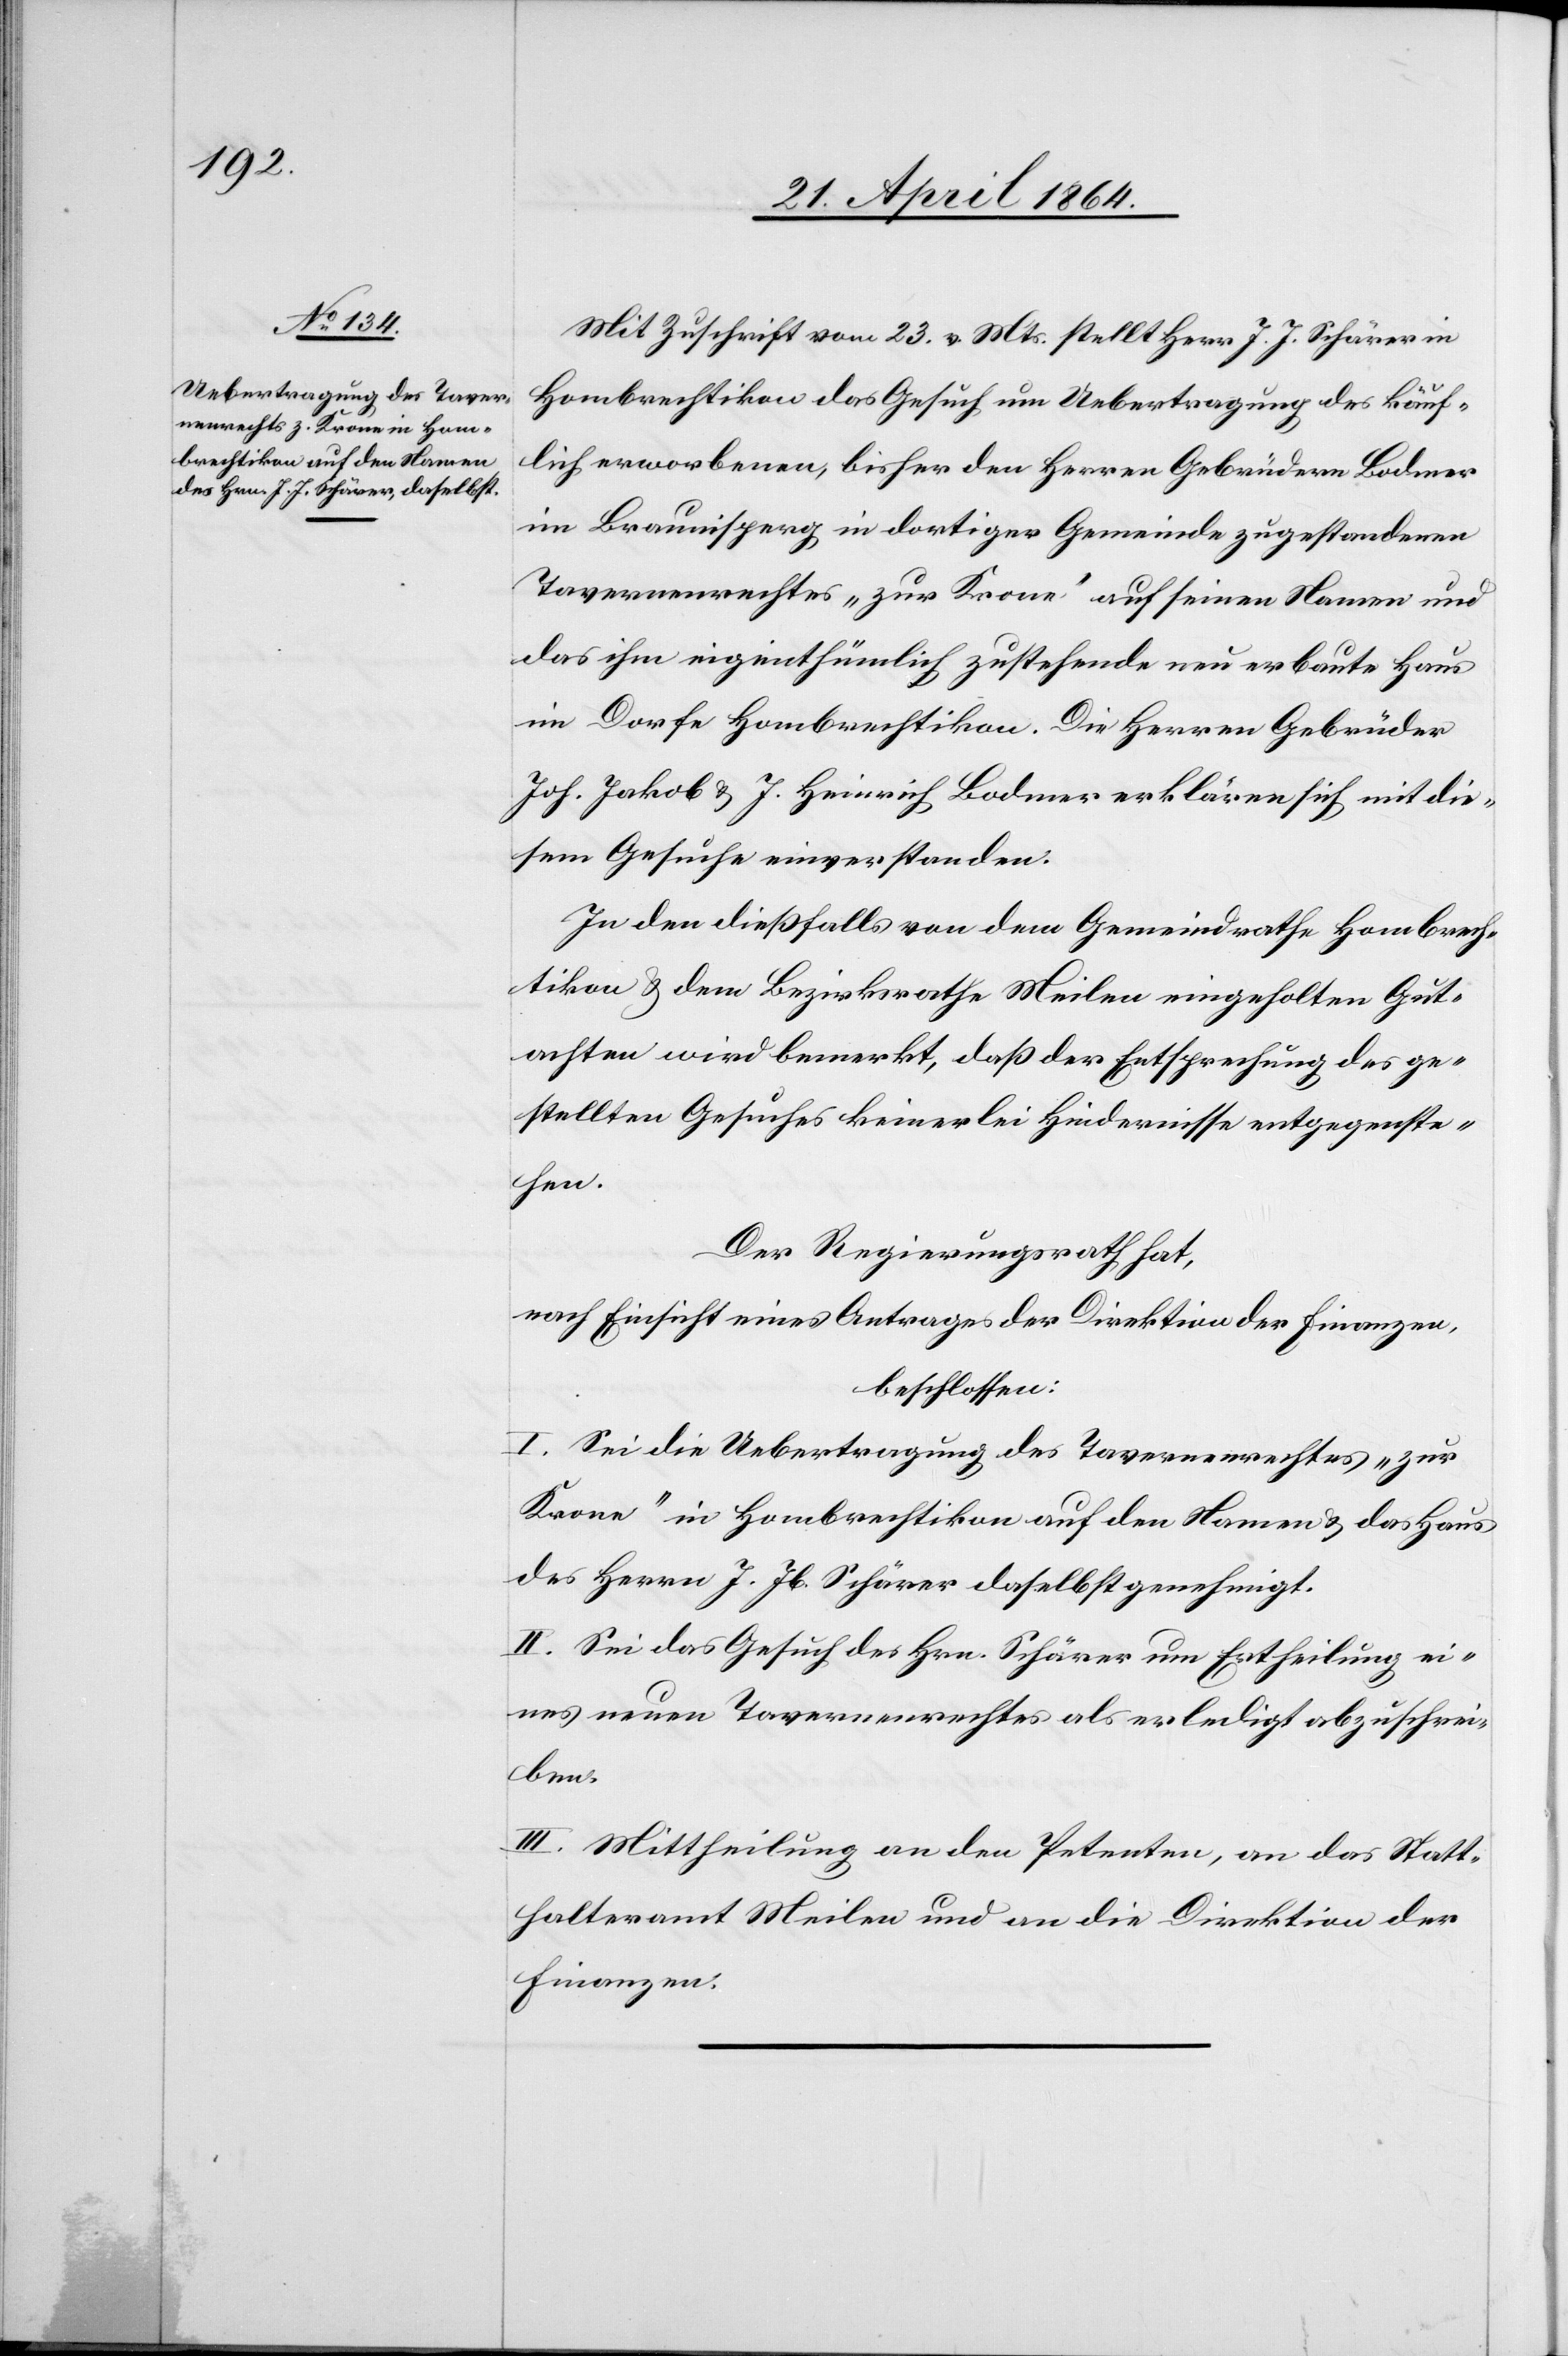
Mit Zuschrift vom 23. v. Mts. stellt Herr J. J. Schärer in
Hombrechtikon das Gesuch um Uebertragung des käuf¬
lich erworbenen, bisher den Herren Gebrüdern Bodmer
im Braunisperg in dortiger Gemeinde zugestandenen
Tavernenrechtes „zur Krone“ auf seinen Namen und
das ihm eigenthümlich zustehende neu erbaute Haus
im Dorfe Hombrechtikon. Die Herren Gebrüder
Joh. Jakob u. J. Heinrich Bodmer erklären sich mit die¬
sem Gesuche einverstanden.
In den dießfalls von dem Gemeindrath Hombrech¬
tikon u. dem Bezirksrathe Meilen eingeholten Gut¬
achten wird bemerkt, daß der Entsprechung des ge¬
stellten Gesuches keinerlei Hindernisse entgegenste¬
hen.
Der Regierungsrath hat,
nach Einsicht eines Antrages der Direktion der Finanzen,
beschlossen:
I. Sei die Uebertragung des Tavernenrechtes „zur
Krone“ in Hombrechtikon auf den Namen u. das Haus
des Herrn J. Jb. Schärer daselbst genehmigt.
II. Sei das Gesuch des Hrn. Schärer um Ertheilung ei¬
nes neuen Tavernenrechtes als erledigt abzuschrei¬
ben.
III. Mittheilung an den Petenten, an das Statt¬
halteramt Meilen und an die Direktion der
Finanzen.